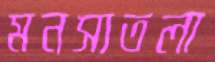
মনসাতলা